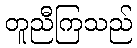
တူညီကြသည်